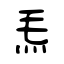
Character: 𤆬